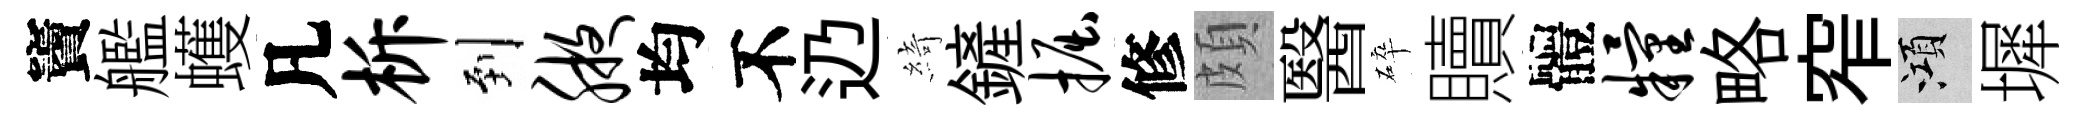
竇艦蠖凡柝到腋均不辸綺鏟掘修頗醫碎贖體粮略窄澒墀